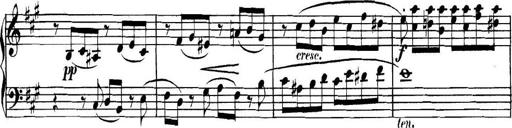
Title: Collected Piano Sonatas
Composer: Muzio Clementi